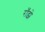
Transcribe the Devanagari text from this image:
राँझे